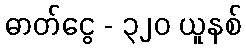
ဓာတ်ငွေ - ၃၂၀ ယူနစ်